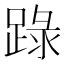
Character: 䟿